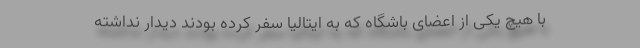
با هیچ یکی از اعضای باشگاه که به ایتالیا سفر کرده بودند دیدار نداشته